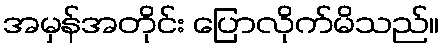
အမှန်အတိုင်း ပြောလိုက်မိသည်။